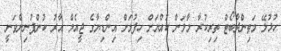
ހުޅުލޭ މަތިންދާބޯޓް ތިރިކުރާ މާލަން ކުއްޔަށް ހިފުމަށް އިންޑިޔާގެ ޖީއެމް އާރު ކުންފުނިންވަނީ